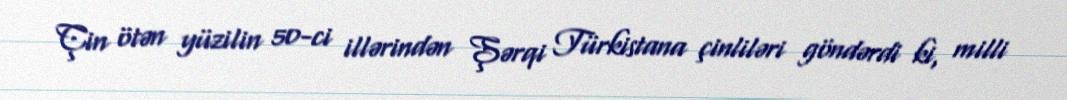
Çin ötən yüzilin 50-ci illərindən Şərqi Türkistana çinliləri göndərdi ki, milli